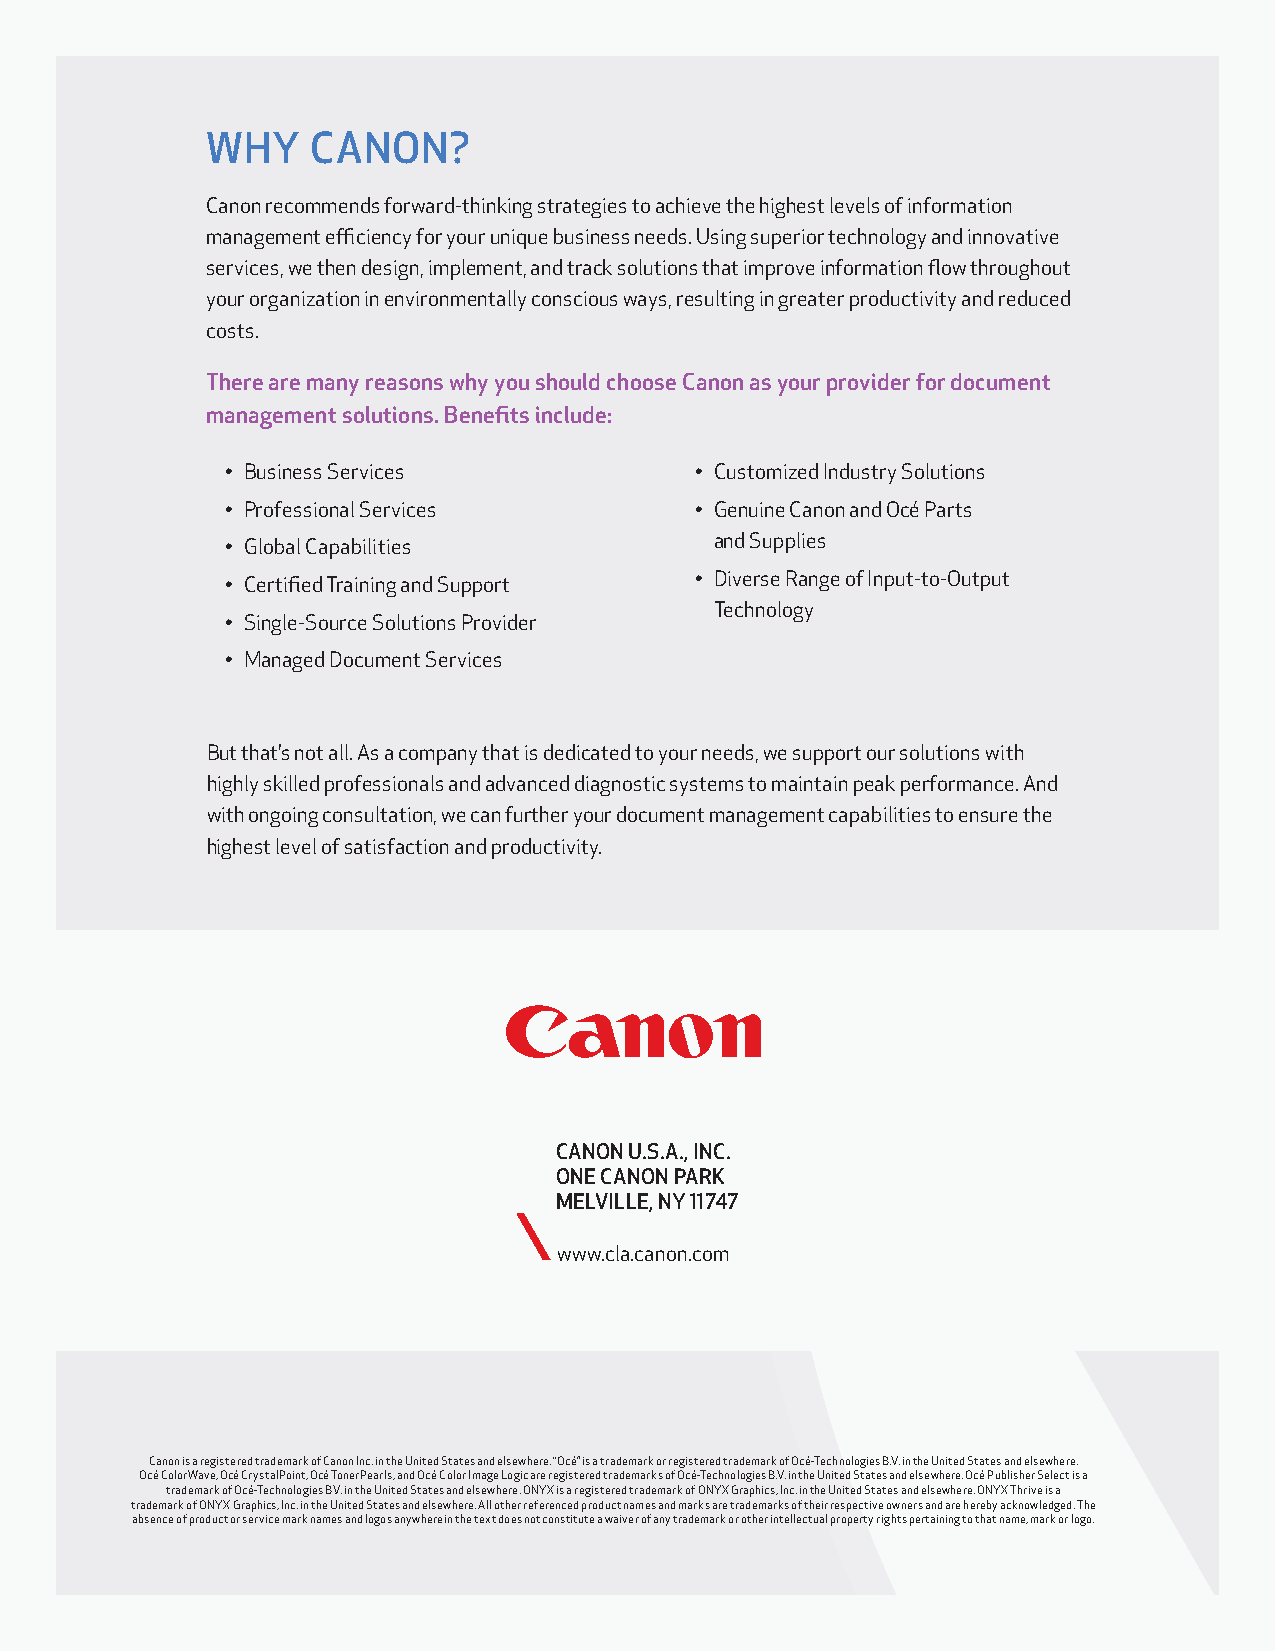
WHY    CANON?
 Canon recommends forward-thinking strategies to achieve the highest levels of information
 management efficiency for your unique business needs. Using superior technology and innovative
 services, we then design, implement, and track solutions that improve information flow throughout
 your organization in environmentally conscious ways, resulting in greater productivity and reduced
 costs.
 There are many reasons why you should choose Canon as your provider for document
 management solutions. Benefits include:
 • Business Services            • Customized Industry Solutions
 • Professional Services        • Genuine Canon and Océ Parts
 and Supplies
 • Global Capabilities
 • Diverse Range of Input-to-Output
 • Certified Training and Support
 Technology
 • Single-Source Solutions Provider
 • Managed Document Services
 But that’s not all. As a company that is dedicated to your needs, we support our solutions with
 highly skilled professionals and advanced diagnostic systems to maintain peak performance. And
 with ongoing consultation, we can further your document management capabilities to ensure the
 highest level of satisfaction and productivity.
 CANON U.S.A., INC.
 ONE CANON PARK
 MELVILLE, NY 11747
 www.cla.canon.com
 Canon is a registered trademark of Canon Inc. in the United States and elsewhere. “Océ” is a trademark or registered trademark of Océ-Technologies B.V. in the United States and elsewhere.
 Océ ColorWave, Océ CrystalPoint, Océ TonerPearls, and Océ Color Image Logic are registered trademarks of Océ-Technologies B.V. in the United States and elsewhere. Océ Publisher Select is a
 trademark of Océ-Technologies B.V. in the United States and elsewhere. ONYX is a registered trademark of ONYX Graphics, Inc. in the United States and elsewhere. ONYX Thrive is a
 trademark of ONYX Graphics, Inc. in the United States and elsewhere. All other referenced product names and marks are trademarks of their respective owners and are hereby acknowledged. The
 absence of product or service mark names and logos anywhere in the text does not constitute a waiver of any trademark or other intellectual property rights pertaining to that name, mark or logo.